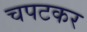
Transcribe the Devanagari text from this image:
चपटकर